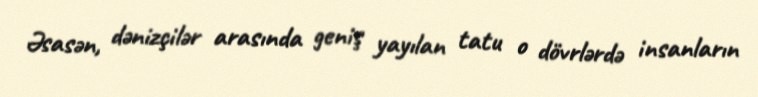
Əsasən, dənizçilər arasında geniş yayılan tatu o dövrlərdə insanların